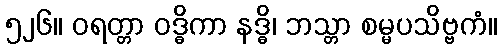
၅၂၆။ ဝရတ္တာ ဝဒ္ဓိကာ နဒ္ဓိ၊ ဘသ္တာ စမ္မပသိဗ္ဗကံ။